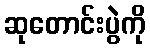
ဆုတောင်းပွဲကို